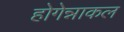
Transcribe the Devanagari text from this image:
होगेन्नाकल